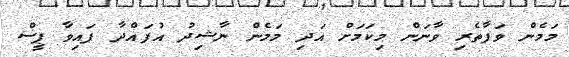
މަމެން ވަފާތެރި ވާނަން މިކަމަށް އަދި މަމެން ނާޝިދު އުފައްދާ ފައިވާ ޕީސް